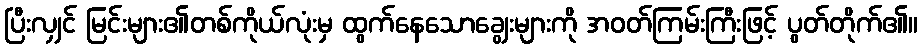
ပြီးလျှင် မြင်းများ၏တစ်ကိုယ်လုံးမှ ထွက်နေသောချွေးများကို အဝတ်ကြမ်းကြီးဖြင့် ပွတ်တိုက်၏။